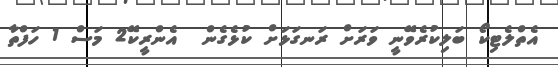
އެތްލެޓިކޯ ބަލިކުރެވޭނީ ވަރަށް ރަނގަޅަށް ކުޅެގެން  އެންރީކޭ2 މަސް 1 ހަފްތާ